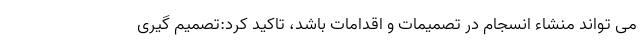
می تواند منشاء انسجام در تصمیمات و اقدامات باشد، تاکید کرد:تصمیم گیری